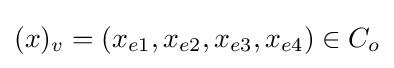
(x)_{v}=\left(x_{e1},x_{e2},x_{e3},x_{e4}\right)\in C_{o}